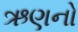
ઋણનો